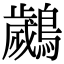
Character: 𮭘